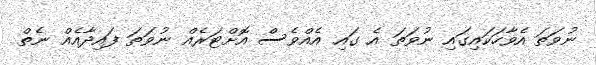
ނުވަތަ އެވާހަކައިގައި ނުވަތަ އެ ގައި އެއްވެސް އޮށްޓަރެއް ނުވަތަ ފައިދާއެއް ނެތް